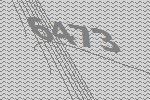
6473